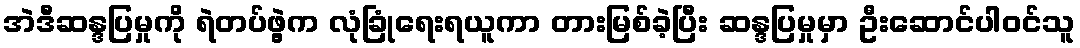
အဲဒီဆန္ဒပြမှုကို ရဲတပ်ဖွဲ့က လုံခြုံရေးရယူကာ တားမြစ်ခဲ့ပြီး ဆန္ဒပြမှုမှာ ဦးဆောင်ပါဝင်သူ